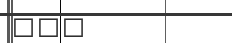
١٣٦